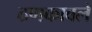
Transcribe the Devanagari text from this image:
ठणकावले